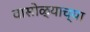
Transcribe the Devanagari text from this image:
वासोळ्याच्या